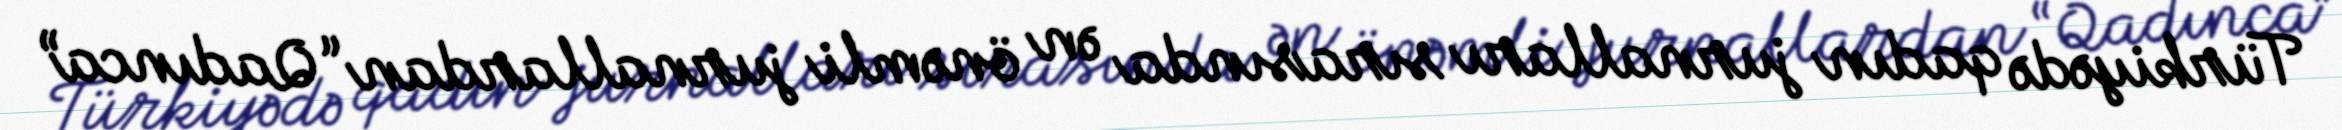
Türkiyədə qadın jurnalları sırasında ən önəmli jurnallardan “Qadınca”